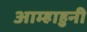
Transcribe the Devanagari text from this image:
आम्हाहुनी